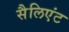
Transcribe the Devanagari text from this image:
सैलिएंट